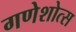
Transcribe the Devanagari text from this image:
गणेशोत्स